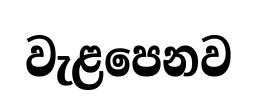
වැළපෙනව